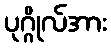
ပုဂ္ဂိုလ်အား